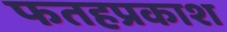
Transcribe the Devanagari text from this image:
फतहप्रकाश